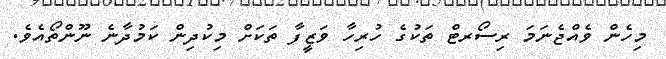
މިހެން ވެއްޖެނަމަ ރިސޯރޓް ތަކުގެ ހުރިހާ ވަޒީފާ ތަކަށް މިކުދިން ކަމުދާނެ ނޫންތޯއެވެ.